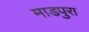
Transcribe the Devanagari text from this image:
माडपुरा